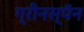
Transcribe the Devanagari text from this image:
ग्रीनस्पॅन